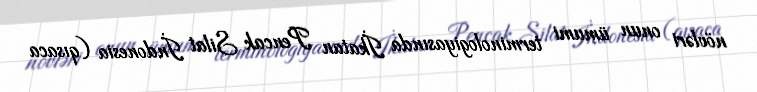
növləri onun ümumi terminologiyasında İkatan Pencak Silat İndonesia (qısaca